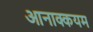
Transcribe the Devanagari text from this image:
आनाक्कयम